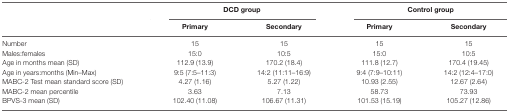
<table><thead><tr><td></td><td colspan="2"><b>DCD group</b></td><td colspan="2"><b>Control group</b></td></tr><tr><td></td><td><b>Primary</b></td><td><b>Secondary</b></td><td><b>Primary</b></td><td><b>Secondary</b></td></tr></thead><tbody><tr><td>Number</td><td>15</td><td>15</td><td>15</td><td>15</td></tr><tr><td>Males:females</td><td>15:0</td><td>10:5</td><td>15:0</td><td>10:5</td></tr><tr><td>Age in months mean (SD)</td><td>112.9 (13.9)</td><td>170.2 (18.4)</td><td>111.8 (12.7)</td><td>170.4 (19.45)</td></tr><tr><td>Age in years:months (Min–Max)</td><td>9:5 (7:5–11:3)</td><td>14:2 (11:11–16:9)</td><td>9:4 (7:9–10:11)</td><td>14:2 (12:4–17:0)</td></tr><tr><td>MABC-2 Test mean standard score (SD)</td><td>4.27 (1.16)</td><td>5.27 (1.22)</td><td>10.93 (2.55)</td><td>12.67 (2.64)</td></tr><tr><td>MABC-2 mean percentile</td><td>3.63</td><td>7.13</td><td>58.73</td><td>73.93</td></tr><tr><td>BPVS-3 mean (SD)</td><td>102.40 (11.08)</td><td>106.67 (11.31)</td><td>101.53 (15.19)</td><td>105.27 (12.86)</td></tr></tbody></table>